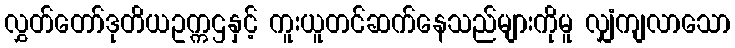
လွှတ်တော်ဒုတိယဥက္ကဌနှင့် ကူးယူတင်ဆက်နေသည်များကိုမူ လျှံကျလာသော